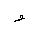
Letter: _waw